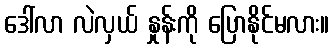
ဒေါ်လာ လဲလှယ် နှုန်းကို ပြောနိုင်မလား။